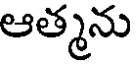
ఆత్మను